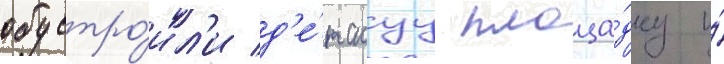
обустро́ил'и д'е́тскуу площа́дку и́